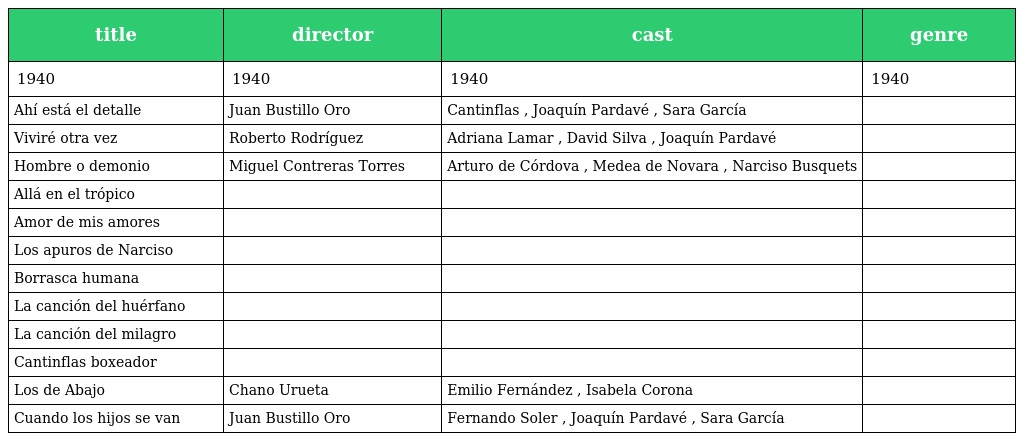
| title | director | cast | genre |
 | --- | --- | --- | --- |
 | 1940 | 1940 | 1940 | 1940 |
 | Ahí está el detalle | Juan Bustillo Oro | Cantinflas , Joaquín Pardavé , Sara García |  |
 | Viviré otra vez | Roberto Rodríguez | Adriana Lamar , David Silva , Joaquín Pardavé |  |
 | Hombre o demonio | Miguel Contreras Torres | Arturo de Córdova , Medea de Novara , Narciso Busquets |  |
 | Allá en el trópico |  |  |  |
 | Amor de mis amores |  |  |  |
 | Los apuros de Narciso |  |  |  |
 | Borrasca humana |  |  |  |
 | La canción del huérfano |  |  |  |
 | La canción del milagro |  |  |  |
 | Cantinflas boxeador |  |  |  |
 | Los de Abajo | Chano Urueta | Emilio Fernández , Isabela Corona |  |
 | Cuando los hijos se van | Juan Bustillo Oro | Fernando Soler , Joaquín Pardavé , Sara García |  |